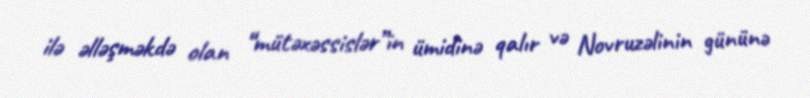
ilə əlləşməkdə olan “mütəxəssislər”in ümidinə qalır və Novruzəlinin gününə